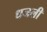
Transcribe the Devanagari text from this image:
धजली